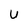
Character: U